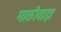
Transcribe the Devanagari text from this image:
माछीवाड़ा